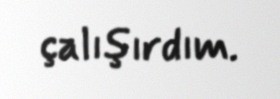
çalışırdım.